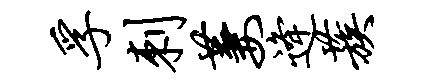
孚刺萋逄蔟